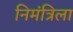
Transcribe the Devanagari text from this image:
निमंत्रिला